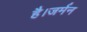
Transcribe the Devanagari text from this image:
है।जर्मन